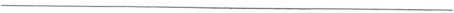
___